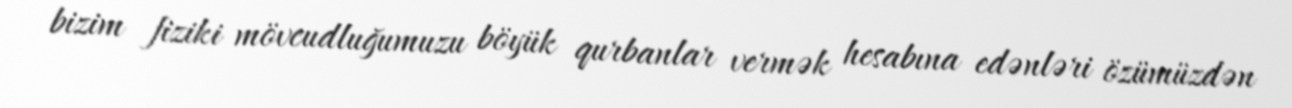
bizim fiziki mövcudluğumuzu böyük qurbanlar vermək hesabına edənləri özümüzdən